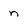
Character: n